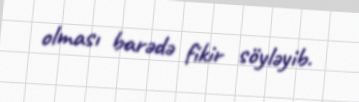
olması barədə fikir söyləyib.